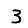
Digit: 3